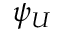
\psi _ { U }